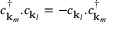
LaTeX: c _ { \mathbf { k } _ { m } } ^ { \dagger } . c _ { \mathbf { k } _ { l } } = - c _ { \mathbf { k } _ { l } } . c _ { \mathbf { k } _ { m } } ^ { \dagger }